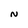
Character: N